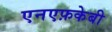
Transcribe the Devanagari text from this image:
एनएफ़केबी